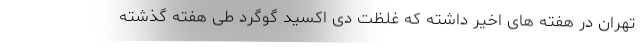
تهران در هفته های اخیر داشته که غلظت دی اکسید گوگرد طی هفته گذشته